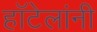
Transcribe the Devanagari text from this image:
हॉटेलांनी